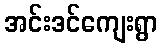
အင်းဒင်ကျေးရွာ